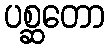
ပစ္ဆတော